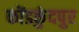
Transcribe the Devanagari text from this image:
कोंडकुंदपुर